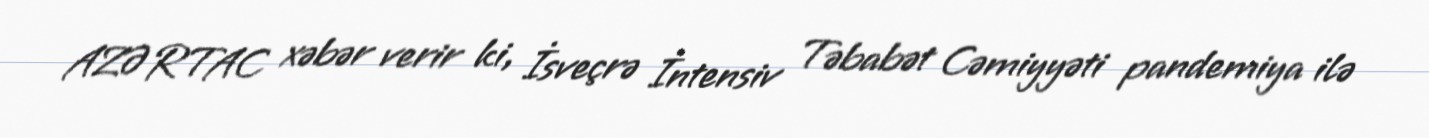
AZƏRTAC xəbər verir ki, İsveçrə İntensiv Təbabət Cəmiyyəti pandemiya ilə